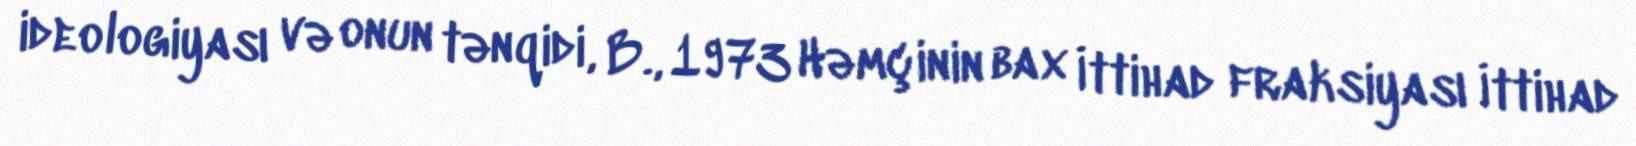
ideologiyası və onun tənqidi, B., 1973 Həmçinin bax İttihad fraksiyası İttihad